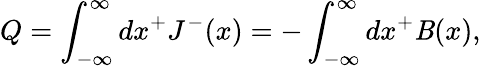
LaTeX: Q=\int_{-{\infty}}^{\infty}dx^{+}J^{-}(x)=-\int_{-{\infty}}^{\infty}dx^{+}\mathit{B}(x),